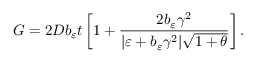
G = 2 D b _ { \varepsilon } t \left[ 1 + \frac { 2 b _ { \varepsilon } \gamma ^ { 2 } } { \vert \varepsilon + b _ { \varepsilon } \gamma ^ { 2 } \vert \sqrt { 1 + \theta } } \right] .